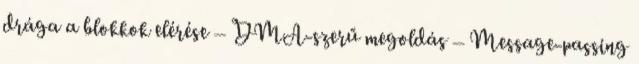
drága a blokkok elérése – DMA-szerű megoldás – Message-passing